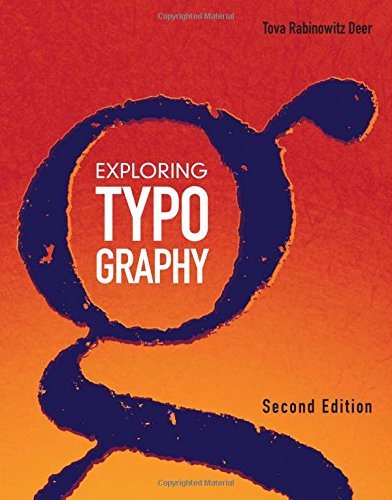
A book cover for Exploring Typography; Tova Rabinowitz; Arts & Photography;